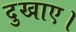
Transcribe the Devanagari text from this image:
दुखाए।